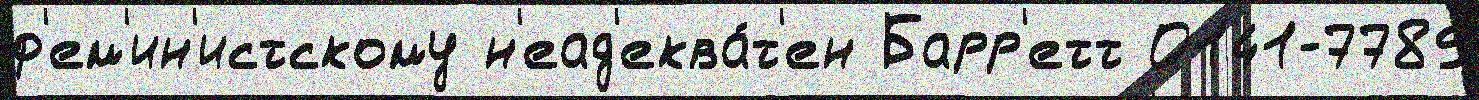
ф'ем'ин'истскому н'еад'еква́т'ен Барр'етт 0141-7789